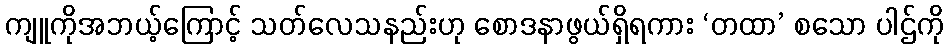
ကျူကိုအဘယ့်ကြောင့် သတ်လေသနည်းဟု စောဒနာဖွယ်ရှိရကား ‘တထာ’ စသော ပါဌ်ကို